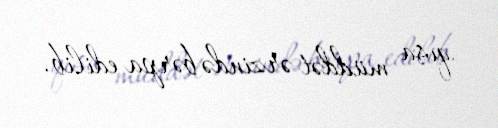
qısa müddət ərzində bərpa edilib.